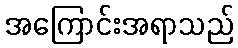
အကြောင်းအရာသည်